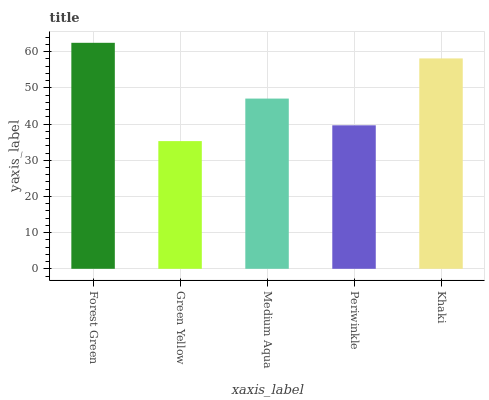
| xaxis_label | bars |
 | --- | --- |
 | Forest Green | 62.5 |
 | Green Yellow | 35.3 |
 | Medium Aqua | 47 |
 | Periwinkle | 39.7 |
 | Khaki | 58.1 |